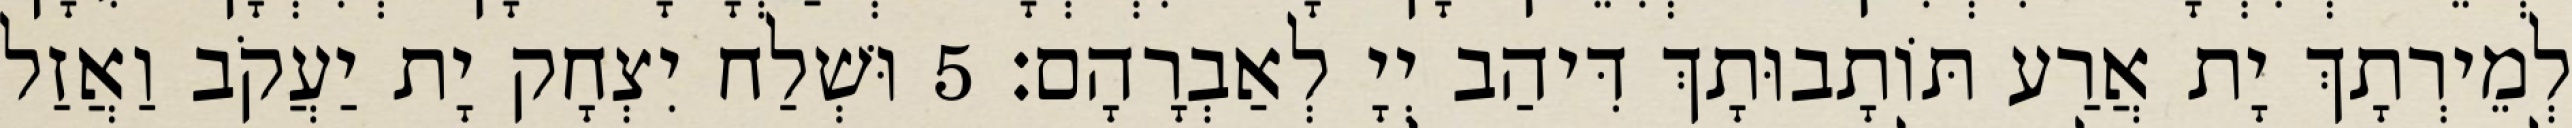
לְמֵירְתָךְ יָת אֲרַע תּוֹתָבוּתָךְ דִּיהַב יְיָ לְאַבְרָהָם׃ 5 וּשְׁלַח יִצְחָק יָת יַעֲקֹב וַאֲזַל